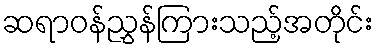
ဆရာဝန်ညွှန်ကြားသည့်အတိုင်း